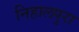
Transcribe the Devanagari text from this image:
निहालपुरा